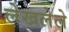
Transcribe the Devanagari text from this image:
लेखलेले